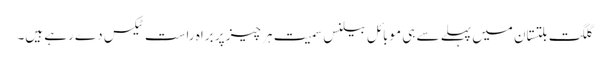
گلگت بلتستان میں پہلے سے ہی موبائل بیلنس سمیت ہر چیز پر براہ راست ٹیکس دے رہے ہیں۔